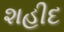
શહીદ